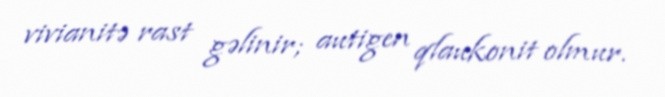
vivianitə rast gəlinir; autigen qlaukonit olmur.